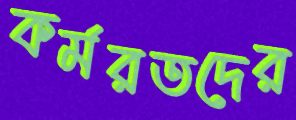
কর্মরতদের